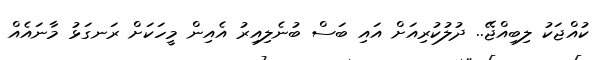
ކުއްޖަކު ލިބިއްޖޭ.. ދުލުކުރިއަށް އައި ބަސް ބުނެލިއިރު އެއިން މީހަކަށް ރަނގަޅު މާނައެއް